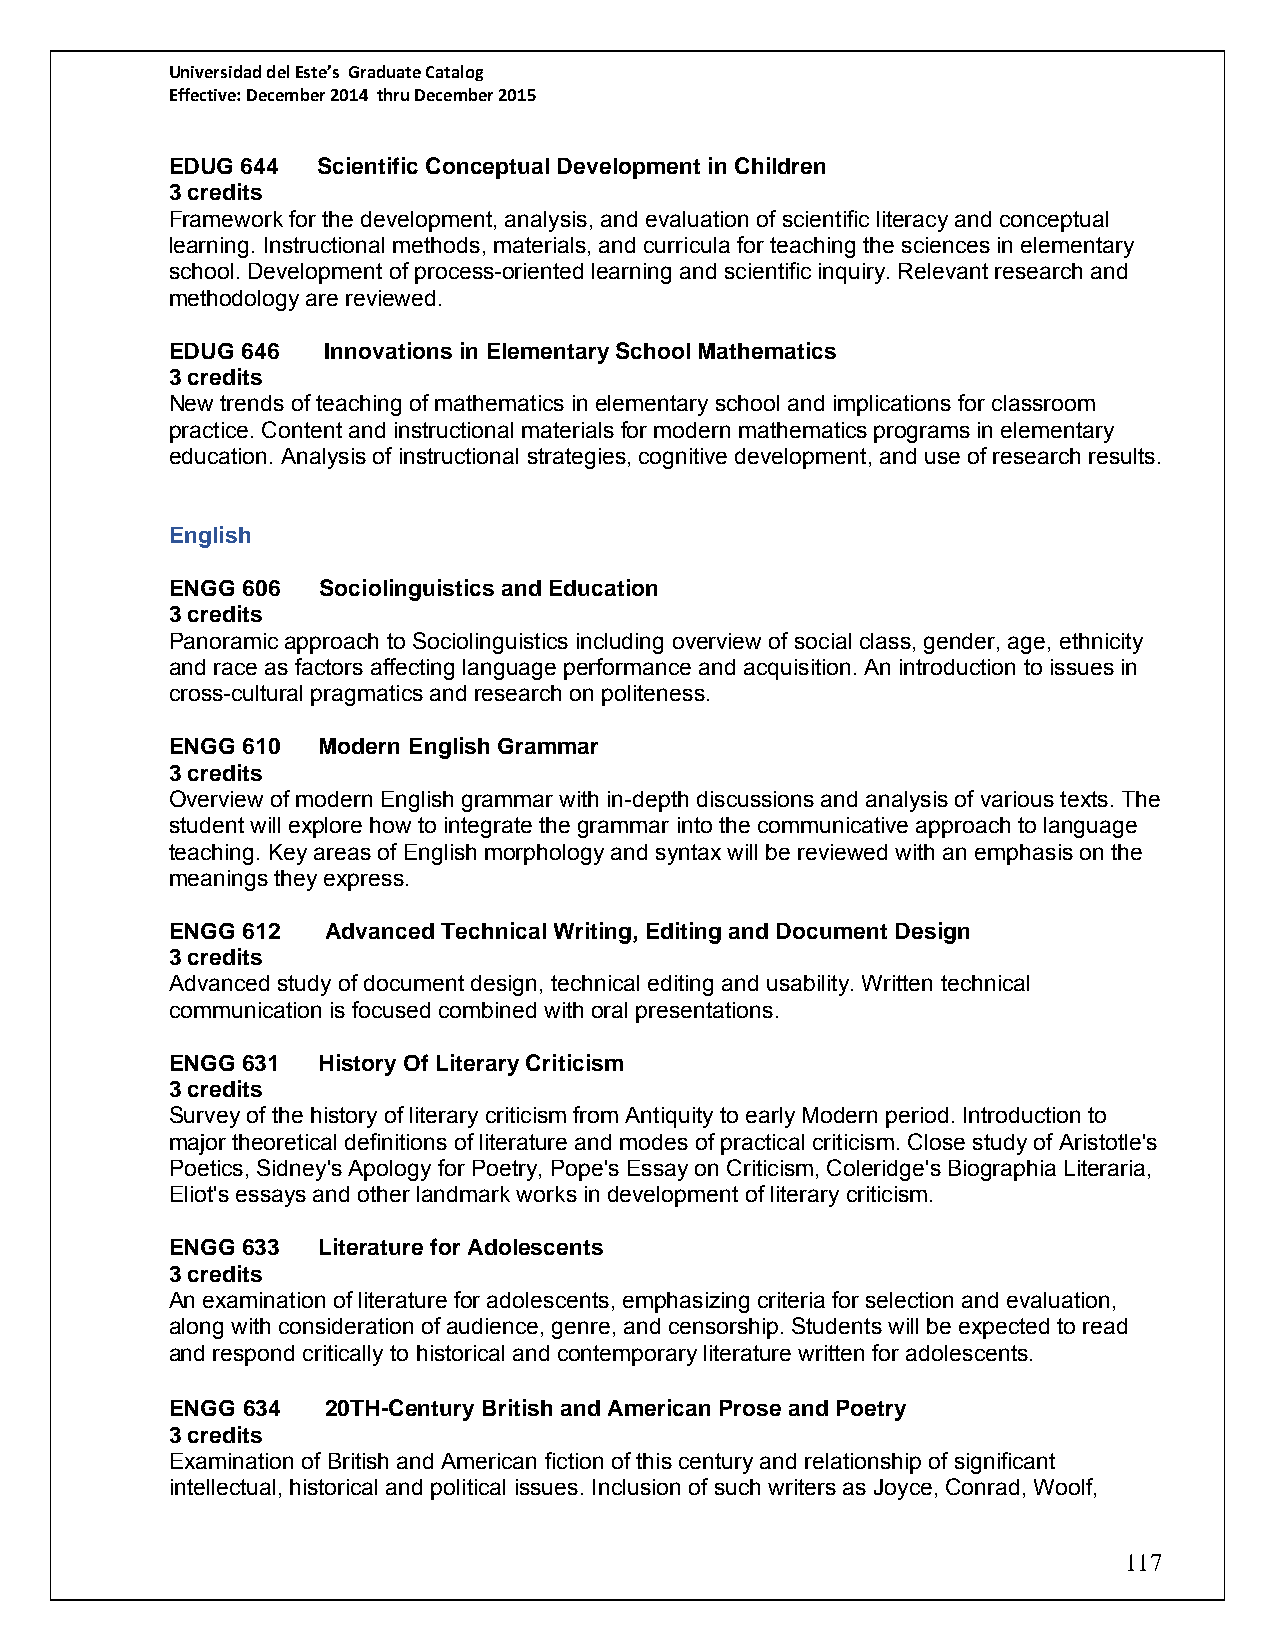
Universidad del Este’s Graduate Catalog
 Effective: December 2014 thru December 2015
 EDUG 644  Scientific Conceptual Development in Children
 3 credits
 Framework for the development, analysis, and evaluation of scientific literacy and conceptual
 learning. Instructional methods, materials, and curricula for teaching the sciences in elementary
 school. Development of process-oriented learning and scientific inquiry. Relevant research and
 methodology are reviewed.
 EDUG 646  Innovations in Elementary School Mathematics
 3 credits
 New trends of teaching of mathematics in elementary school and implications for classroom
 practice. Content and instructional materials for modern mathematics programs in elementary
 education. Analysis of instructional strategies, cognitive development, and use of research results.
 English
 ENGG 606  Sociolinguistics and Education
 3 credits
 Panoramic approach to Sociolinguistics including overview of social class, gender, age, ethnicity
 and race as factors affecting language performance and acquisition. An introduction to issues in
 cross-cultural pragmatics and research on politeness.
 ENGG 610  Modern English Grammar
 3 credits
 Overview of modern English grammar with in-depth discussions and analysis of various texts. The
 student will explore how to integrate the grammar into the communicative approach to language
 teaching. Key areas of English morphology and syntax will be reviewed with an emphasis on the
 meanings they express.
 ENGG 612   Advanced Technical Writing, Editing and Document Design
 3 credits
 Advanced study of document design, technical editing and usability. Written technical
 communication is focused combined with oral presentations.
 ENGG 631  History Of Literary Criticism
 3 credits
 Survey of the history of literary criticism from Antiquity to early Modern period. Introduction to
 major theoretical definitions of literature and modes of practical criticism. Close study of Aristotle's
 Poetics, Sidney's Apology for Poetry, Pope's Essay on Criticism, Coleridge's Biographia Literaria,
 Eliot's essays and other landmark works in development of literary criticism.
 ENGG 633  Literature for Adolescents
 3 credits
 An examination of literature for adolescents, emphasizing criteria for selection and evaluation,
 along with consideration of audience, genre, and censorship. Students will be expected to read
 and respond critically to historical and contemporary literature written for adolescents.
 ENGG 634   20TH-Century British and American Prose and Poetry
 3 credits
 Examination of British and American fiction of this century and relationship of significant
 intellectual, historical and political issues. Inclusion of such writers as Joyce, Conrad, Woolf,
 117